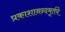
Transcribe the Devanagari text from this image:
प्रकाशानन्दमूर्तये